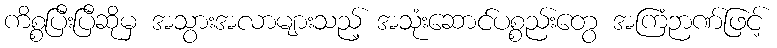
ကိစ္စပြီးပြီဆိုမှ အသွားအလာများသည့် အသုံးဆောင်ပစ္စည်းတွေ အကြံဉာဏ်ဖြင့်